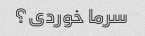
سرما خوردی؟